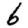
Digit: 6